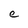
Character: e